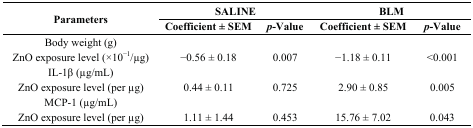
<table><thead><tr><td rowspan="2"><b>Parameters</b></td><td colspan="2"><b>SALINE</b></td><td colspan="2"><b>BLM</b></td></tr><tr><td><b>Coefficient ± SEM</b></td><td><b><i>p</i>-Value</b></td><td><b>Coefficient ± SEM</b></td><td><b><i>p</i>-Value</b></td></tr></thead><tbody><tr><td>Body weight (g)</td><td></td><td></td><td></td><td></td></tr><tr><td>ZnO exposure level (×10<sup>−1</sup>/μg)</td><td>−0.56 ± 0.18</td><td>0.007</td><td>−1.18 ± 0.11</td><td>&lt;0.001</td></tr><tr><td>IL-1β (μg/mL)</td><td></td><td></td><td></td><td></td></tr><tr><td>ZnO exposure level (per μg)</td><td>0.44 ± 0.11</td><td>0.725</td><td>2.90 ± 0.85</td><td>0.005</td></tr><tr><td>MCP-1 (μg/mL)</td><td></td><td></td><td></td><td></td></tr><tr><td>ZnO exposure level (per μg)</td><td>1.11 ± 1.44</td><td>0.453</td><td>15.76 ± 7.02</td><td>0.043</td></tr></tbody></table>